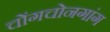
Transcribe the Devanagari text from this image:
चोंगचोनगांग